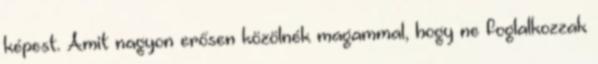
képest. Amit nagyon erősen közölnék magammal, hogy ne foglalkozzak